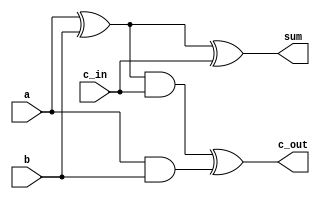
module fulladd(sum,c_out,a,b,c_in);

	//ports
	input a,b,c_in;
	output sum,c_out;

	//internal wires
	wire s1,c1,s2;

	//gates instantiations
	xor(s1,a,b);
	and(c1,a,b);
	xor(sum,s1,c_in);
	and(s2,s1,c_in);
	xor(c_out,s2,c1);




endmodule